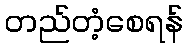
တည်တံ့စေရန်